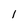
Character: l